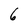
Character: 6